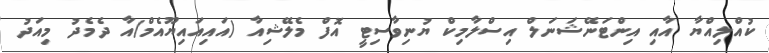
ކުއްލިއްޔާ އާއި އިންޓަނޭޝަނަލް އިސްލާމިކް ޔުނިވާސިޓީ އޮފް މެލޭޝިއާ (އައިއައިޔޫއެމް)އާ ދެމެދު މިއަދު